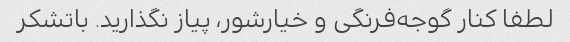
لطفا کنار گوجه‌فرنگی و خیارشور، پیاز نگذارید. باتشکر